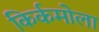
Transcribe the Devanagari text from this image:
किर्कमोला